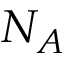
N _ { A }